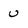
Character: u